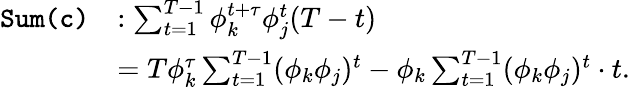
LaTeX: \begin{array}{rl}{\texttt{Sum}\texttt{(c)}}&{:\sum_{t=1}^{T-1}\phi_{k}^{t+\tau}\phi_{j}^{t}(T-t)}\\ &{=T\phi_{k}^{\tau}\sum_{t=1}^{T-1}(\phi_{k}\phi_{j})^{t}-\phi_{k}\sum_{t=1}^{T-1}(\phi_{k}\phi_{j})^{t}\cdot t.}\end{array}